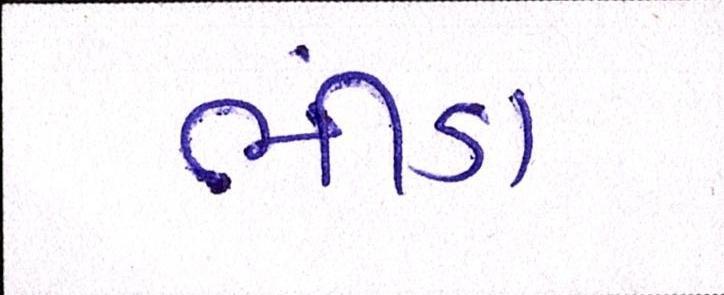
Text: ભીંડા